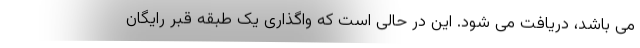
می باشد، دریافت می شود. این در حالی است که واگذاری یک طبقه قبر رایگان